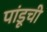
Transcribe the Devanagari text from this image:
पांडूची